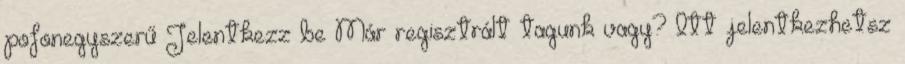
pofonegyszerű Jelentkezz be Már regisztrált tagunk vagy? Itt jelentkezhetsz